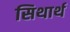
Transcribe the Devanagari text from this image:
सिथार्थ